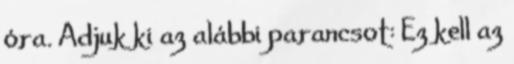
óra. Adjuk ki az alábbi parancsot: Ez kell az